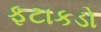
ફટાકડો